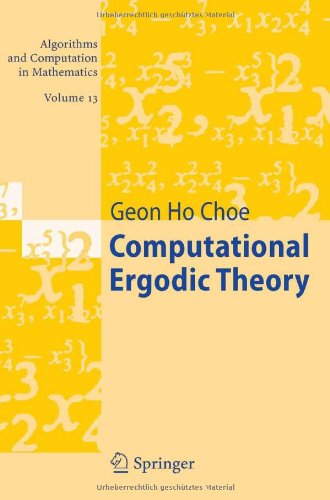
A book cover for Computational Ergodic Theory (Algorithms and Computation in Mathematics, Vol. 13); Geon Ho Choe; Science & Math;